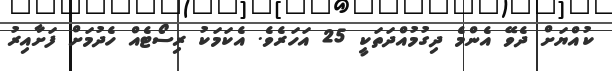
ކުއްޔަށް ދެވޭ އެންމެ ދިގުމުއްދަތަކީ 25 އަހަރެވެ. އެކަމަކު ރިސޯޓެއް ހެދުމަށް ފަށާއިރު